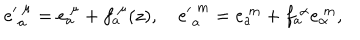
{ e ^ { \prime } } _ { a } ^ { ~ \mu } = { e } _ { a } ^ { ~ \mu } + f _ { a } ^ { ~ \mu } ( z ) , \quad { e ^ { \prime } } _ { a } ^ { ~ m } = e _ { a } ^ { ~ m } + f _ { a } ^ { ~ \alpha } e _ { \alpha } ^ { ~ m } ,